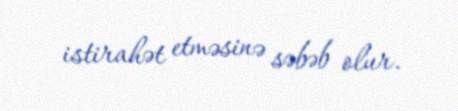
istirahət etməsinə səbəb olur.